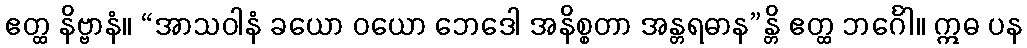
ဧတ္ထ နိဗ္ဗာနံ။ “အာသဝါနံ ခယော ဝယော ဘေဒေါ အနိစ္စတာ အန္တရဓာန”န္တိ ဧတ္ထ ဘင်္ဂေါ။ ဣဓ ပန